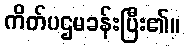
ကိတ်ပဌမခန်းပြီး၏။